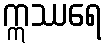
ဣဿရေ